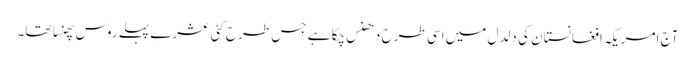
آج امریکہ افغانستان کی دلدل میں اسی طرح دھنس چکا ہے جس طرح کئی عشرے پہلے روس پھنسا تھا۔